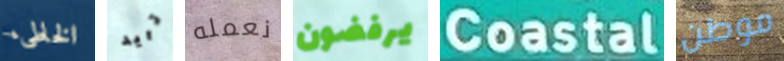
الخاطىء تريد نعمله يرفضون Coastal موطن